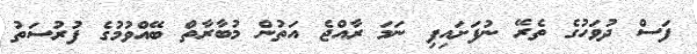
ފަސް ދުވަހުގެ ތެރޭ ނުފަށައިފި ނަމަ ރާއްޖެ އަތުން މުބާރާތް ބޭއްވުމުގެ ފުރުސަތު